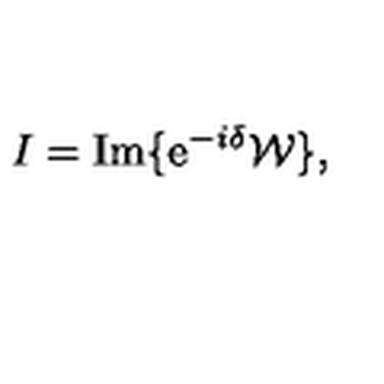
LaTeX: I = { \mathrm { I m } } \{ { \mathrm e } ^ { - i \delta } { \cal W } \} ,